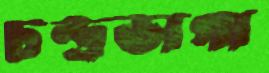
চন্দ্রভাগা